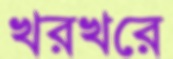
খরখরে